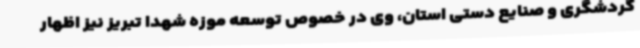
گردشگری و صنایع دستی استان، وی در خصوص توسعه موزه شهدا تبریز نیز اظهار